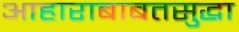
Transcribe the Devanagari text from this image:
आहाराबाबतसुद्धा